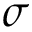
\sigma